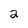
Character: 2